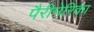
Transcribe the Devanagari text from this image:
पैरीमेरिका